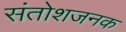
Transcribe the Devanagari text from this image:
संतोशजनक